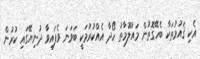
އެކި ޤައުމުތަކާ ބެހޭގޮތުން މައުލޫމާތު ހޯދާ އެއްކުރުމަކީ ބަވަނަ ވެފައިވާ ދުނިޔޭގައި ކުރުން